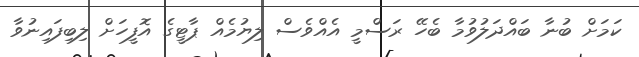
ކަމަށް ބުނާ ބައްދަލުވުމާ ބެހޭ ރަސްމީ އެއްވެސް ލިޔުމެއް ޕާޓީގެ އޮފީހަށް ލިބިފައިނުވާ